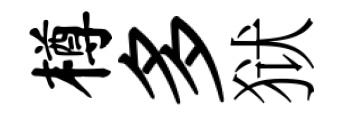
樽多狱